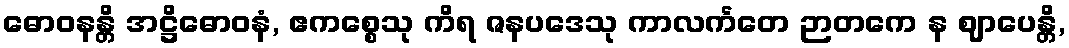
ဓောဝနန္တိ အဋ္ဌိဓောဝနံ, ဧကစ္စေသု ကိရ ဇနပဒေသု ကာလင်္ကတေ ဉာတကေ န ဈာပေန္တိ,